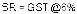
SR = GST @6%